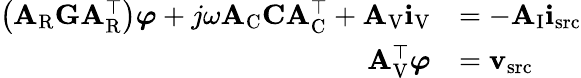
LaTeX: \begin{array}{rl}{\left(\mathbf{A}_{\mathrm{R}}\mathbf{G}\mathbf{A}_{\mathrm{R}}^{\top}\right)\boldsymbol{\varphi}+j\omega\mathbf{A}_{\mathrm{C}}\mathbf{C}\mathbf{A}_{\mathrm{C}}^{\top}+\mathbf{A}_{\mathrm{V}}\mathbf{i}_{\mathrm{V}}}&{=-\mathbf{A}_{\mathrm{I}}\mathbf{i}_{\mathrm{src}}}\\ {\mathbf{A}_{\mathrm{V}}^{\top}\boldsymbol{\varphi}}&{=\mathbf{v}_{\mathrm{src}}}\end{array}